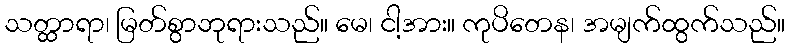
သတ္ထာရာ၊ မြတ်စွာဘုရားသည်။ မေ၊ ငါ့အား။ ကုပိတေန၊ အမျက်ထွက်သည်။